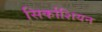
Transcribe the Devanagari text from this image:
सिर्काशियन